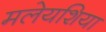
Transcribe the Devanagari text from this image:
मलेयशिया